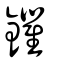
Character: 鑺